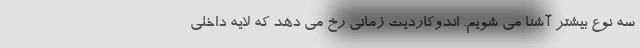
سه نوع بیشتر آشنا می شویم. اندوکاردیت زمانی رخ می دهد که لایه داخلی